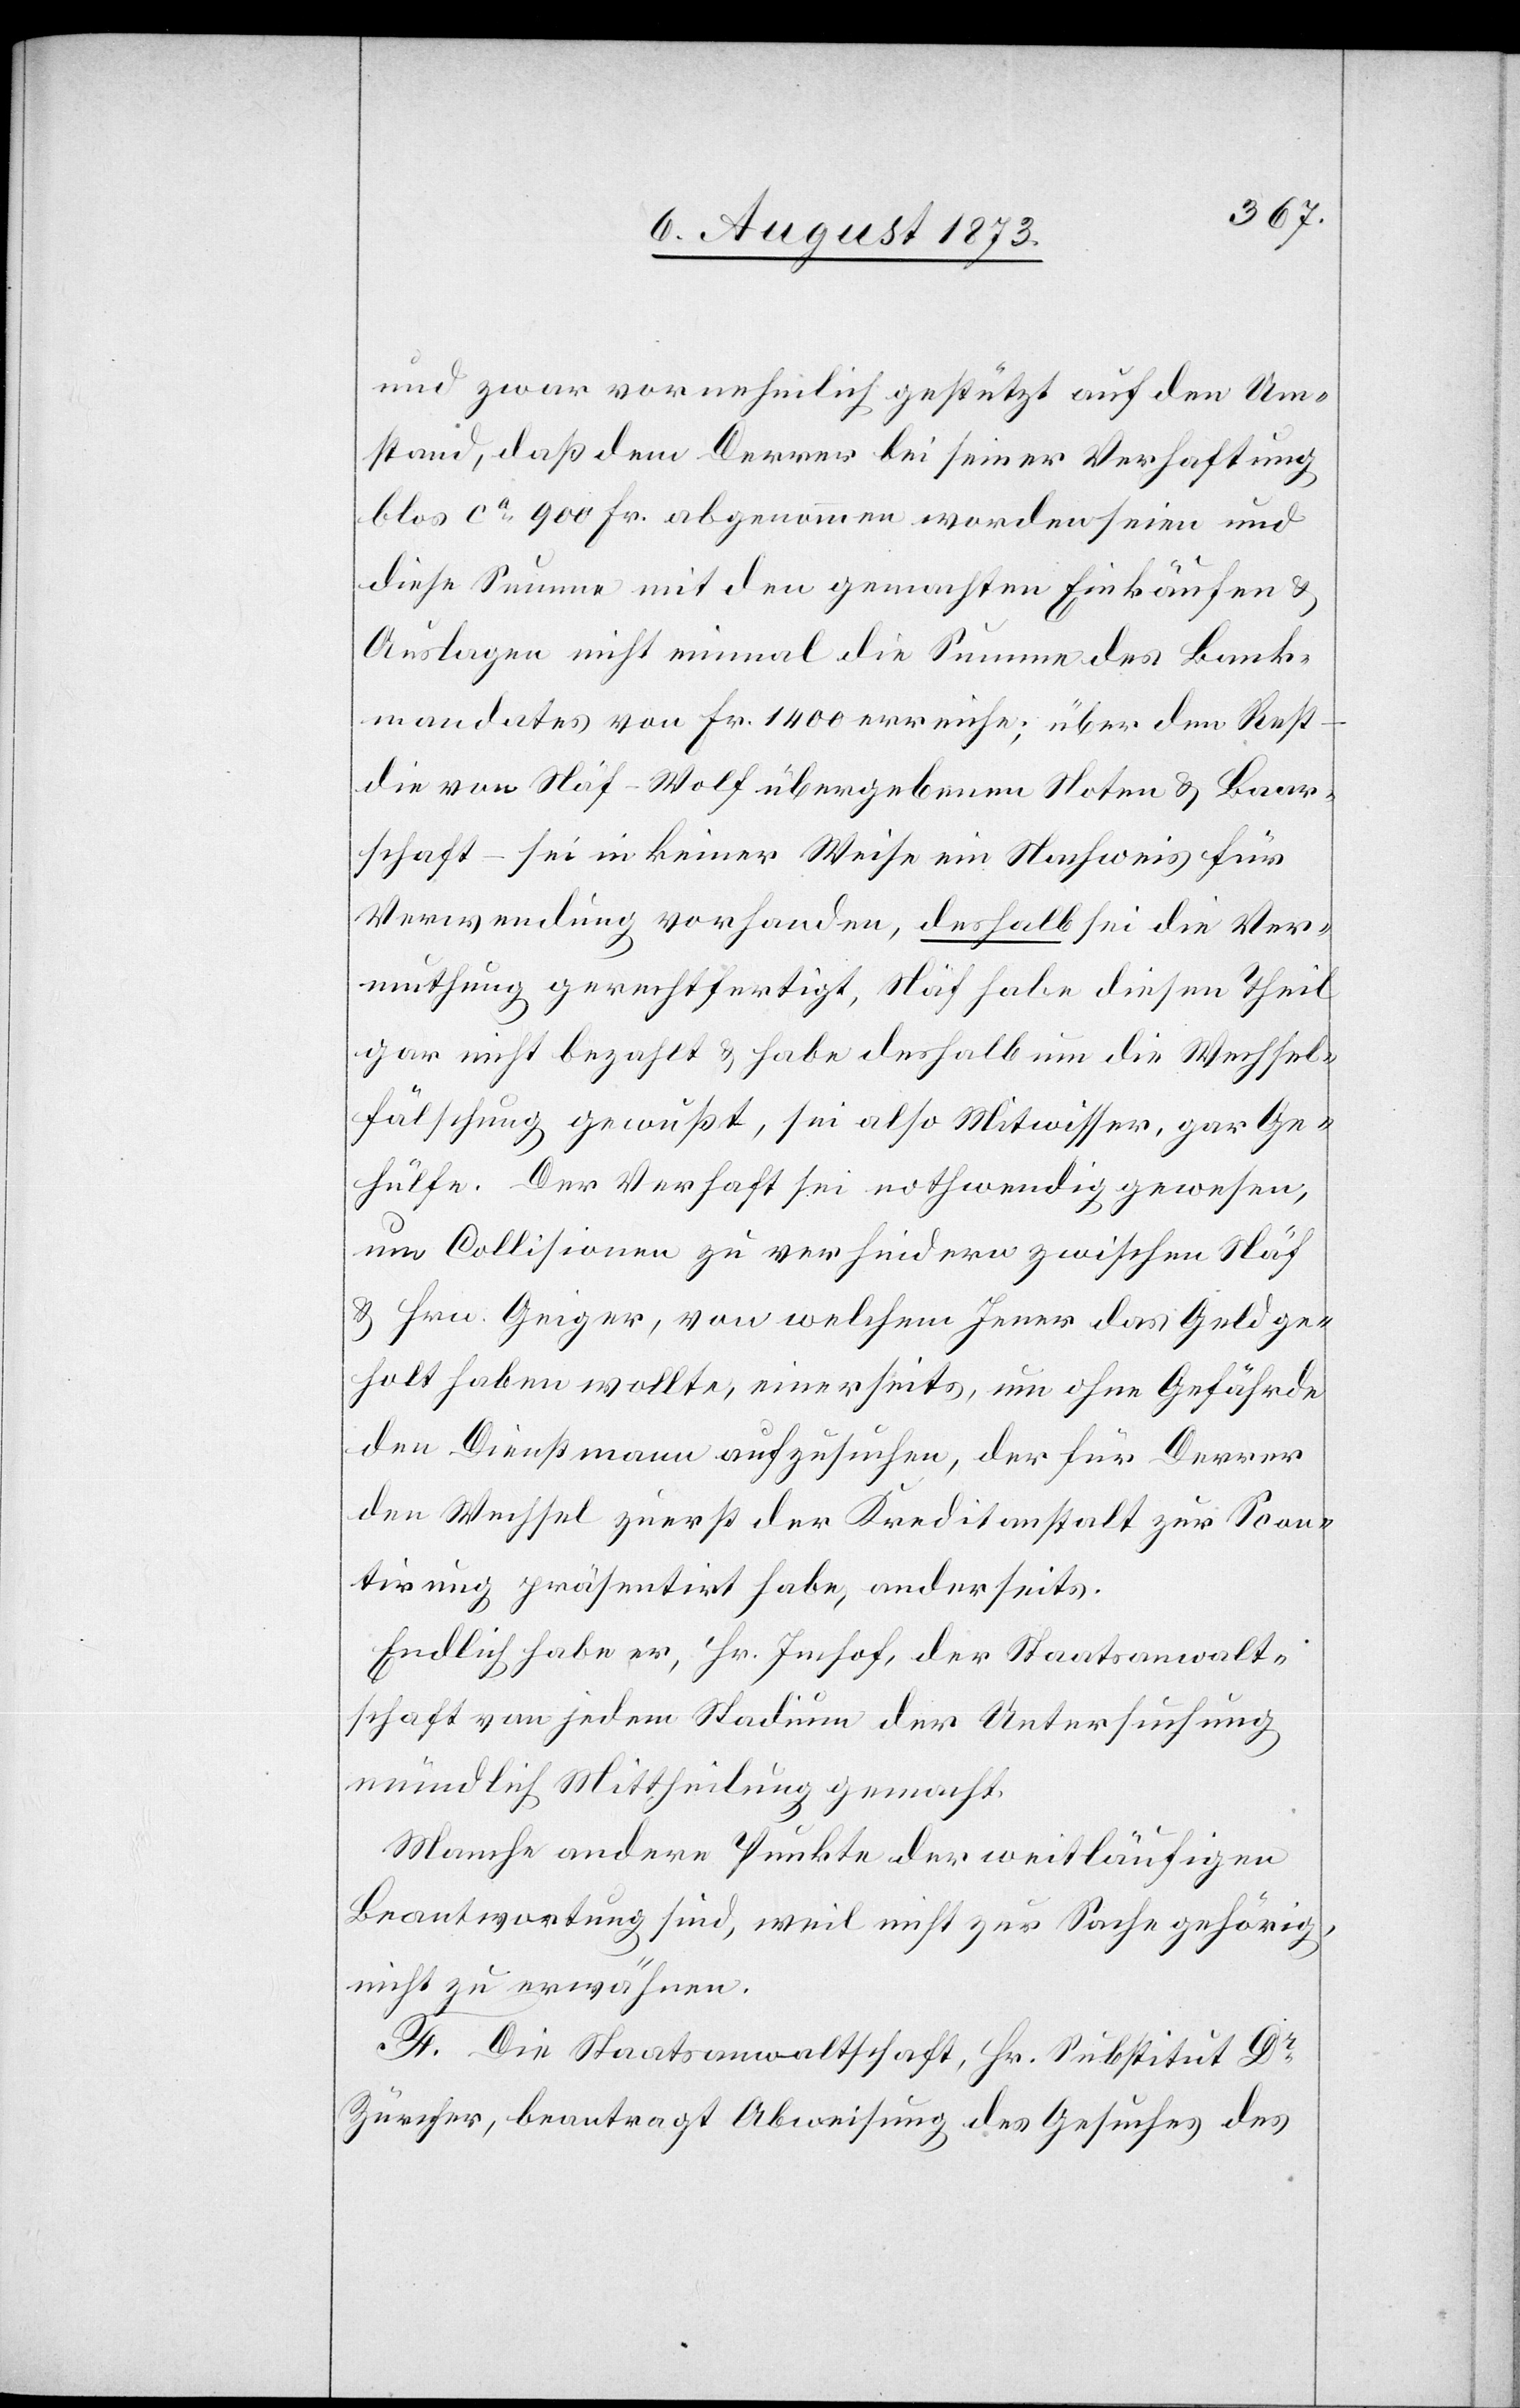
und zwar vornehmlich gestützt auf den Um¬
stand, daß dem Derrer bei seiner Verhaftung
blos ca 900 Fr. abgenommen worden seien und
diese Summe mit den gemachten Einkäufen &
Auslagen nicht einmal die Summe des Bank¬
mandates von Fr. 1 400 erreiche; über den Rest
die von Näf-Wolf übergebenen Noten & Baar¬
schaft – sei in keiner Weise ein Nachweis für
Verwendung vorhanden, deshalb sei die Ver¬
muthung gerechtfertigt, Näf habe diesen Theil
gar nicht bezahlt & habe deshalb um die Wechsel¬
fälschung gewußt, sei also Mitwisser, gar Ge¬
hülfe. Der Verhaft sei nothwendig gewesen,
um Collisionen zu verhindern zwischen Näf
& Hrn. Geiger, von welchem Jener das Geld ge¬
holt haben wollte, einerseits, um ohne Gefährde
den Dienstmann aufzusuchen, der für Derrer
den Wechsel zuerst der Kreditanstalt zur Scon¬
tirung präsentirt habe, anderseits.
Endlich habe er, Hr. Imhof, der Staatsanwalt¬
schaft von jedem Stadium der Untersuchung
mündlich Mittheilung gemacht.
Manche andere Punkte der weitläufigen
Beantwortung sind, weil nicht zur Sache gehörig,
nicht zu erwähnen.
F. Die Staatsanwaltschaft, Hr. Substitut Dr
Zürcher, beantragt Abweisung des Gesuches des